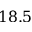
1 8 . 5